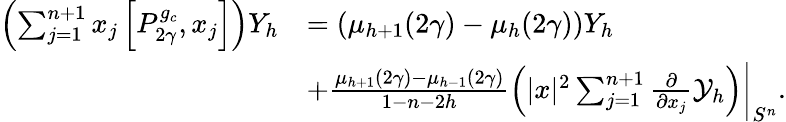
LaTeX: \begin{array}{rl}{\left(\sum_{j=1}^{n+1}x_{j}\left[P_{2\gamma}^{g_{c}},x_{j}\right]\right)Y_{h}}&{=\left(\mu_{h+1}(2\gamma)-\mu_{h}(2\gamma)\right)Y_{h}}\\ &{+\frac{\mu_{h+1}(2\gamma)-\mu_{h-1}(2\gamma)}{1-n-2h}\left(|x|^{2}\sum_{j=1}^{n+1}\frac{\partial}{\partial x_{j}}\mathcal{Y}_{h}\right)\bigg|_{S^{n}}.}\end{array}